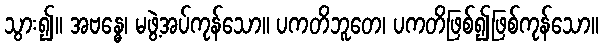
သွား၍။ အဗန္ဓေ၊ မဖွဲ့အပ်ကုန်သော။ ပကတိဘူတေ၊ ပကတိဖြစ်၍ဖြစ်ကုန်သော။